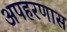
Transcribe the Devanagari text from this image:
अपहरणास